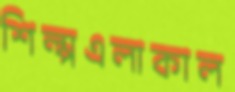
শিল্পএলাকাল